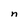
Character: n